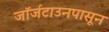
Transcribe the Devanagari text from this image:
जॉर्जटाउनपासून